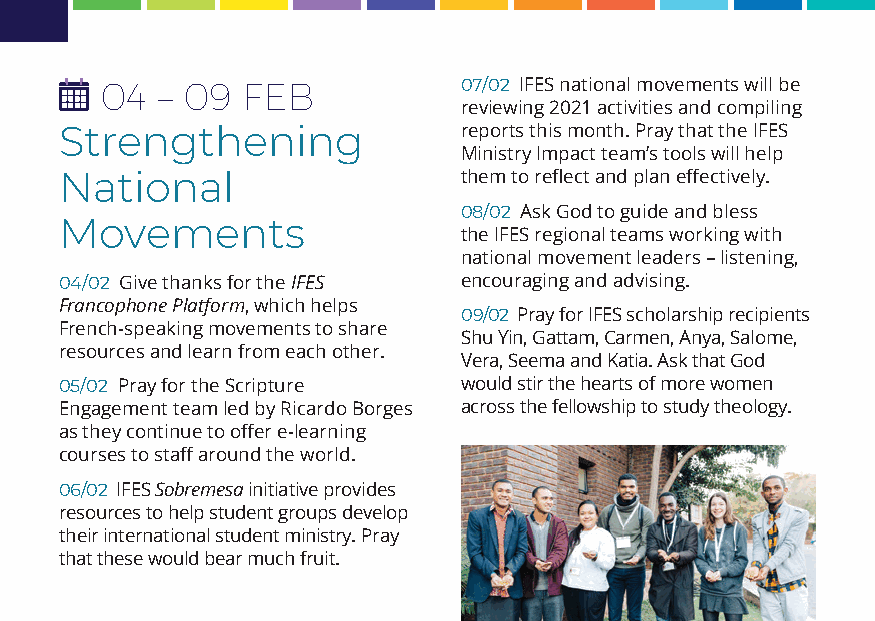
04 – 09  FEB           07/02 IFES national movements will be
 reviewing 2021 activities and compiling
 Strengthening             reports this month. Pray that the IFES
 Ministry Impact team’s tools will help
 National                  them to reflect and plan effectively.
 08/02 Ask God to guide and bless
 Movements
 the IFES regional teams working with
 national movement leaders – listening,
 04/02 Give thanks for the IFES encouraging and advising.
 Francophone Platform, which helps
 09/02 Pray for IFES scholarship recipients
 French-speaking movements to share
 Shu Yin, Gattam, Carmen, Anya, Salome,
 resources and learn from each other.
 Vera, Seema and Katia. Ask that God
 05/02 Pray for the Scripture would stir the hearts of more women
 Engagement team led by Ricardo Borges across the fellowship to study theology.
 as they continue to offer e-learning
 courses to staff around the world.
 06/02 IFES Sobremesa initiative provides
 resources to help student groups develop
 their international student ministry. Pray
 that these would bear much fruit.